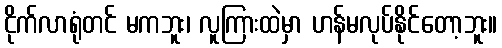
ငိုက်လာရုံတင် မကဘူး၊ လူကြားထဲမှာ ဟန်မလုပ်နိုင်တော့ဘူး။